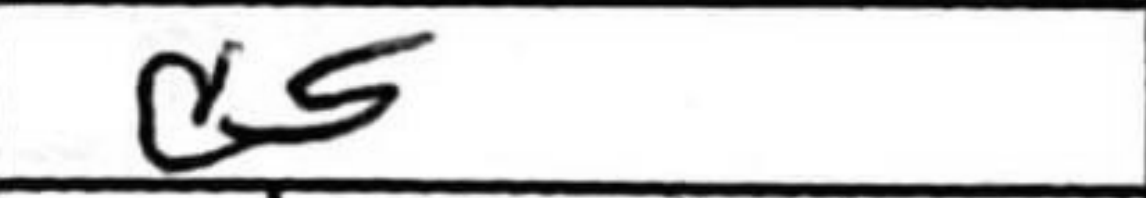
Transcription: d5